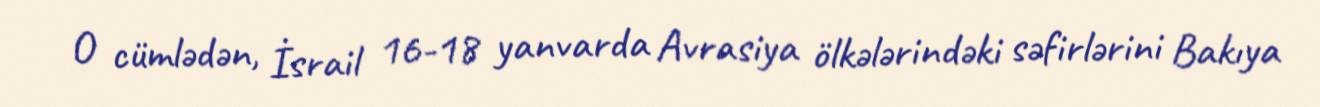
O cümlədən, İsrail 16-18 yanvarda Avrasiya ölkələrindəki səfirlərini Bakıya